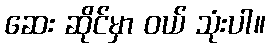
ဆေး ဆိုင်မှာ ဝယ် သုံးပါ။